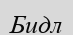
Бидл